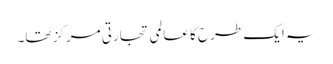
یہ ایک طرح کا عالمی تجارتی مرکز تھا۔